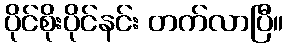
ပိုင်စိုးပိုင်နင်း တက်လာပြီ။